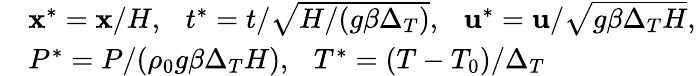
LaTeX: \begin{array}{rl}&{\mathbf{x}^{*}=\mathbf{x}/H,\ \ \ t^{*}=t/\sqrt{H/(g\beta\Delta_{T})},\ \ \ \mathbf{u}^{*}=\mathbf{u}/\sqrt{g\beta\Delta_{T}H},}\\ &{P^{*}=P/(\rho_{0}g\beta\Delta_{T}H),\ \ \ T^{*}=(T-T_{0})/\Delta_{T}}\end{array}